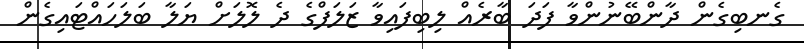
ގެނބިގެން ދާންބޭނުންވާ ފަދަ ބާރެއް ލިބިފައިވާ ޒަލަފްގެ ދެ ލޮލަށް ޔަލާ ބަލަހައްޓައިގެން